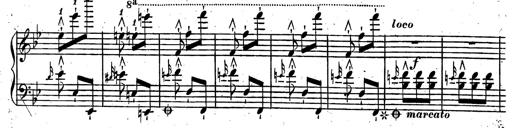
Title: Rondeau fantastique sur un thÃ¨me espagnol
Composer: Franz Liszt